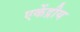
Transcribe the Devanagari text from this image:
एकेंद्रीय